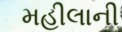
મહીલાની